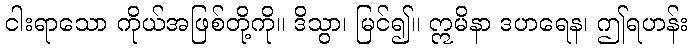
ငါးရာသော ကိုယ်အဖြစ်တို့ကို။ ဒိသွာ၊ မြင်၍။ ဣမိနာ ဒဟရေန၊ ဤရဟန်း